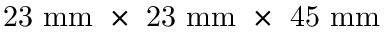
\mathrm { 2 3 ~ m m ~ \times ~ 2 3 ~ m m ~ \times ~ 4 5 ~ m m }